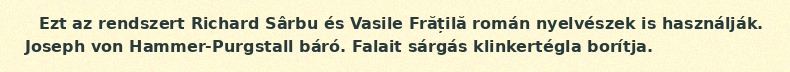
Ezt az rendszert Richard Sârbu és Vasile Frățilă román nyelvészek is használják. Joseph von Hammer-Purgstall báró. Falait sárgás klinkertégla borítja.